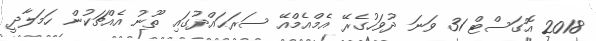
2018 އޮގަސްޓް 31 ވަނަ ދުވަހުގެރޭ އެމްއެމްއޭ ސަރަޙައްދުގައި ތޫނު އެއްޗަކުން ހަމަލާދީ